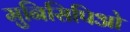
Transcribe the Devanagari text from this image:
मुनिसिपिओ